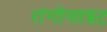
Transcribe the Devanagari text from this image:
रांगोलाइट